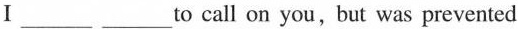
Ⅰ___ ___to call on you, but was prevented